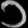
Digit: ၁